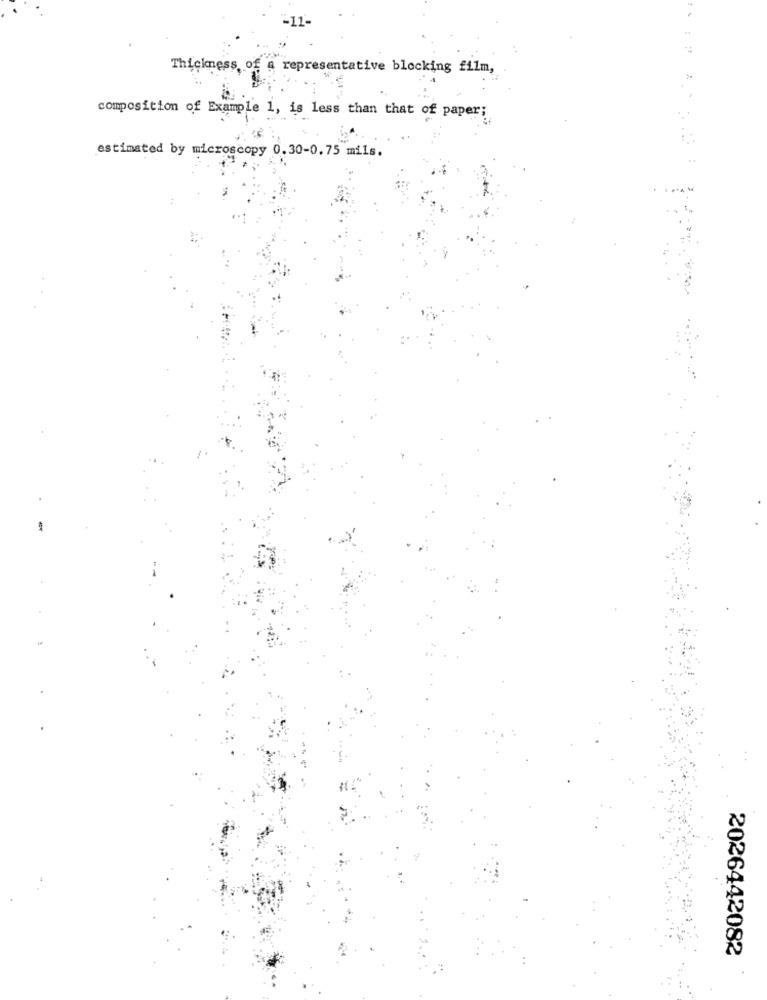
Thickness, of a representative blocking film,
composition of Example 1, is less than that of paper;
estimated by microscopy 0.30-0.75 mils.
2026442082